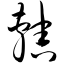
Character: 辖